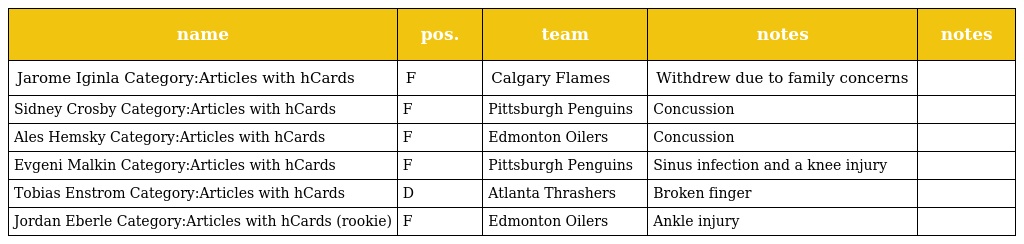
| name | pos. | team | notes | notes |
 | --- | --- | --- | --- | --- |
 | Jarome Iginla Category:Articles with hCards | F | Calgary Flames | Withdrew due to family concerns |  |
 | Sidney Crosby Category:Articles with hCards | F | Pittsburgh Penguins | Concussion |  |
 | Ales Hemsky Category:Articles with hCards | F | Edmonton Oilers | Concussion |  |
 | Evgeni Malkin Category:Articles with hCards | F | Pittsburgh Penguins | Sinus infection and a knee injury |  |
 | Tobias Enstrom Category:Articles with hCards | D | Atlanta Thrashers | Broken finger |  |
 | Jordan Eberle Category:Articles with hCards (rookie) | F | Edmonton Oilers | Ankle injury |  |